Rangoon Lunatic Asylum 1878-1892 - 1878-1892
Year: 1878
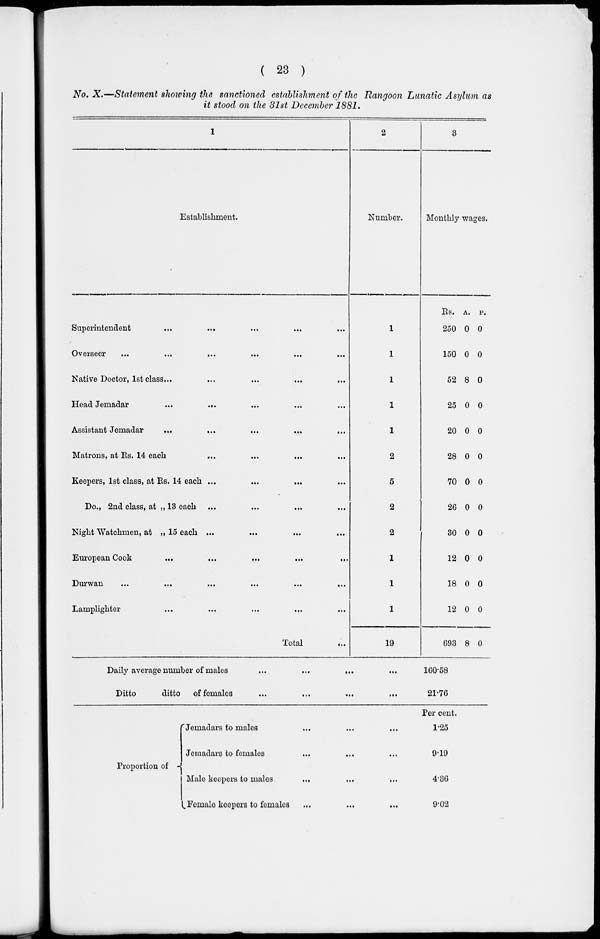
( 23 )
No. X.—Statement showing the sanctioned establishment of the Rangoon Lunatic Asylum as
it stood on the 31st December 1881.
1
Establishment.
Superintendent ... ... ... ... ...
Overseer ... ... ... ... ... ...
Native Doctor, 1st class... ... ... ... ...
Head Jemadar
...
...
... ... ...
Assistant Jemadar
...
... ... ... ...
Matrons, at Rs. 14 each ... ... ... ...
Keepers, 1st class, at Rs. 14 each ...
...
...
...
Do., 2nd class, at „ 13 each ... ... ... ...
Night Watchmen, at „ 15 each ... ... ... ...
European Cook
... ... ... ... ...
Durwan
...
...
...
...
...
...
Lamplighter ... ... ... ... ...
Total ...
2
Number.
1
1
1
1
1
2
5
2
2
1
1
1
19
3
Monthly wages.
Rs.
250
150
52
25
20
28
70
26
30
12
18
12
693
A.
0
0
8
0
0
0
0
0
0
0
0
0
8
P.
0
0
0
0
0
0
0
0
0
0
0
0
0
Daily average number of males ... ...
...
...
Ditto
ditto
of females ... ... ... ...
160.58
21.76
Proportion of
Jemadars to males ... ... ...
Jemadars to females ... ... ...
Male keepers to males ... ... ...
Female keepers to females ... ... ...
Per cent.
1.25
9.19
4.36
9.02